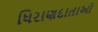
ધિરાણદાતાઓ